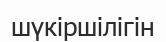
шүкіршілігін